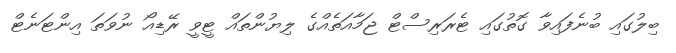
ބިލުގައި ބުނެފައިވާ ގޮތުގައި ޓެރަރިސްޓް ޖަމާއަތެއްގެ ލިޔުންތައް ޓީވީ ރޭޑިއޯ ނުވަތަ އިންޓަނެޓް